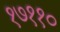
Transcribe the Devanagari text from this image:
१७११०